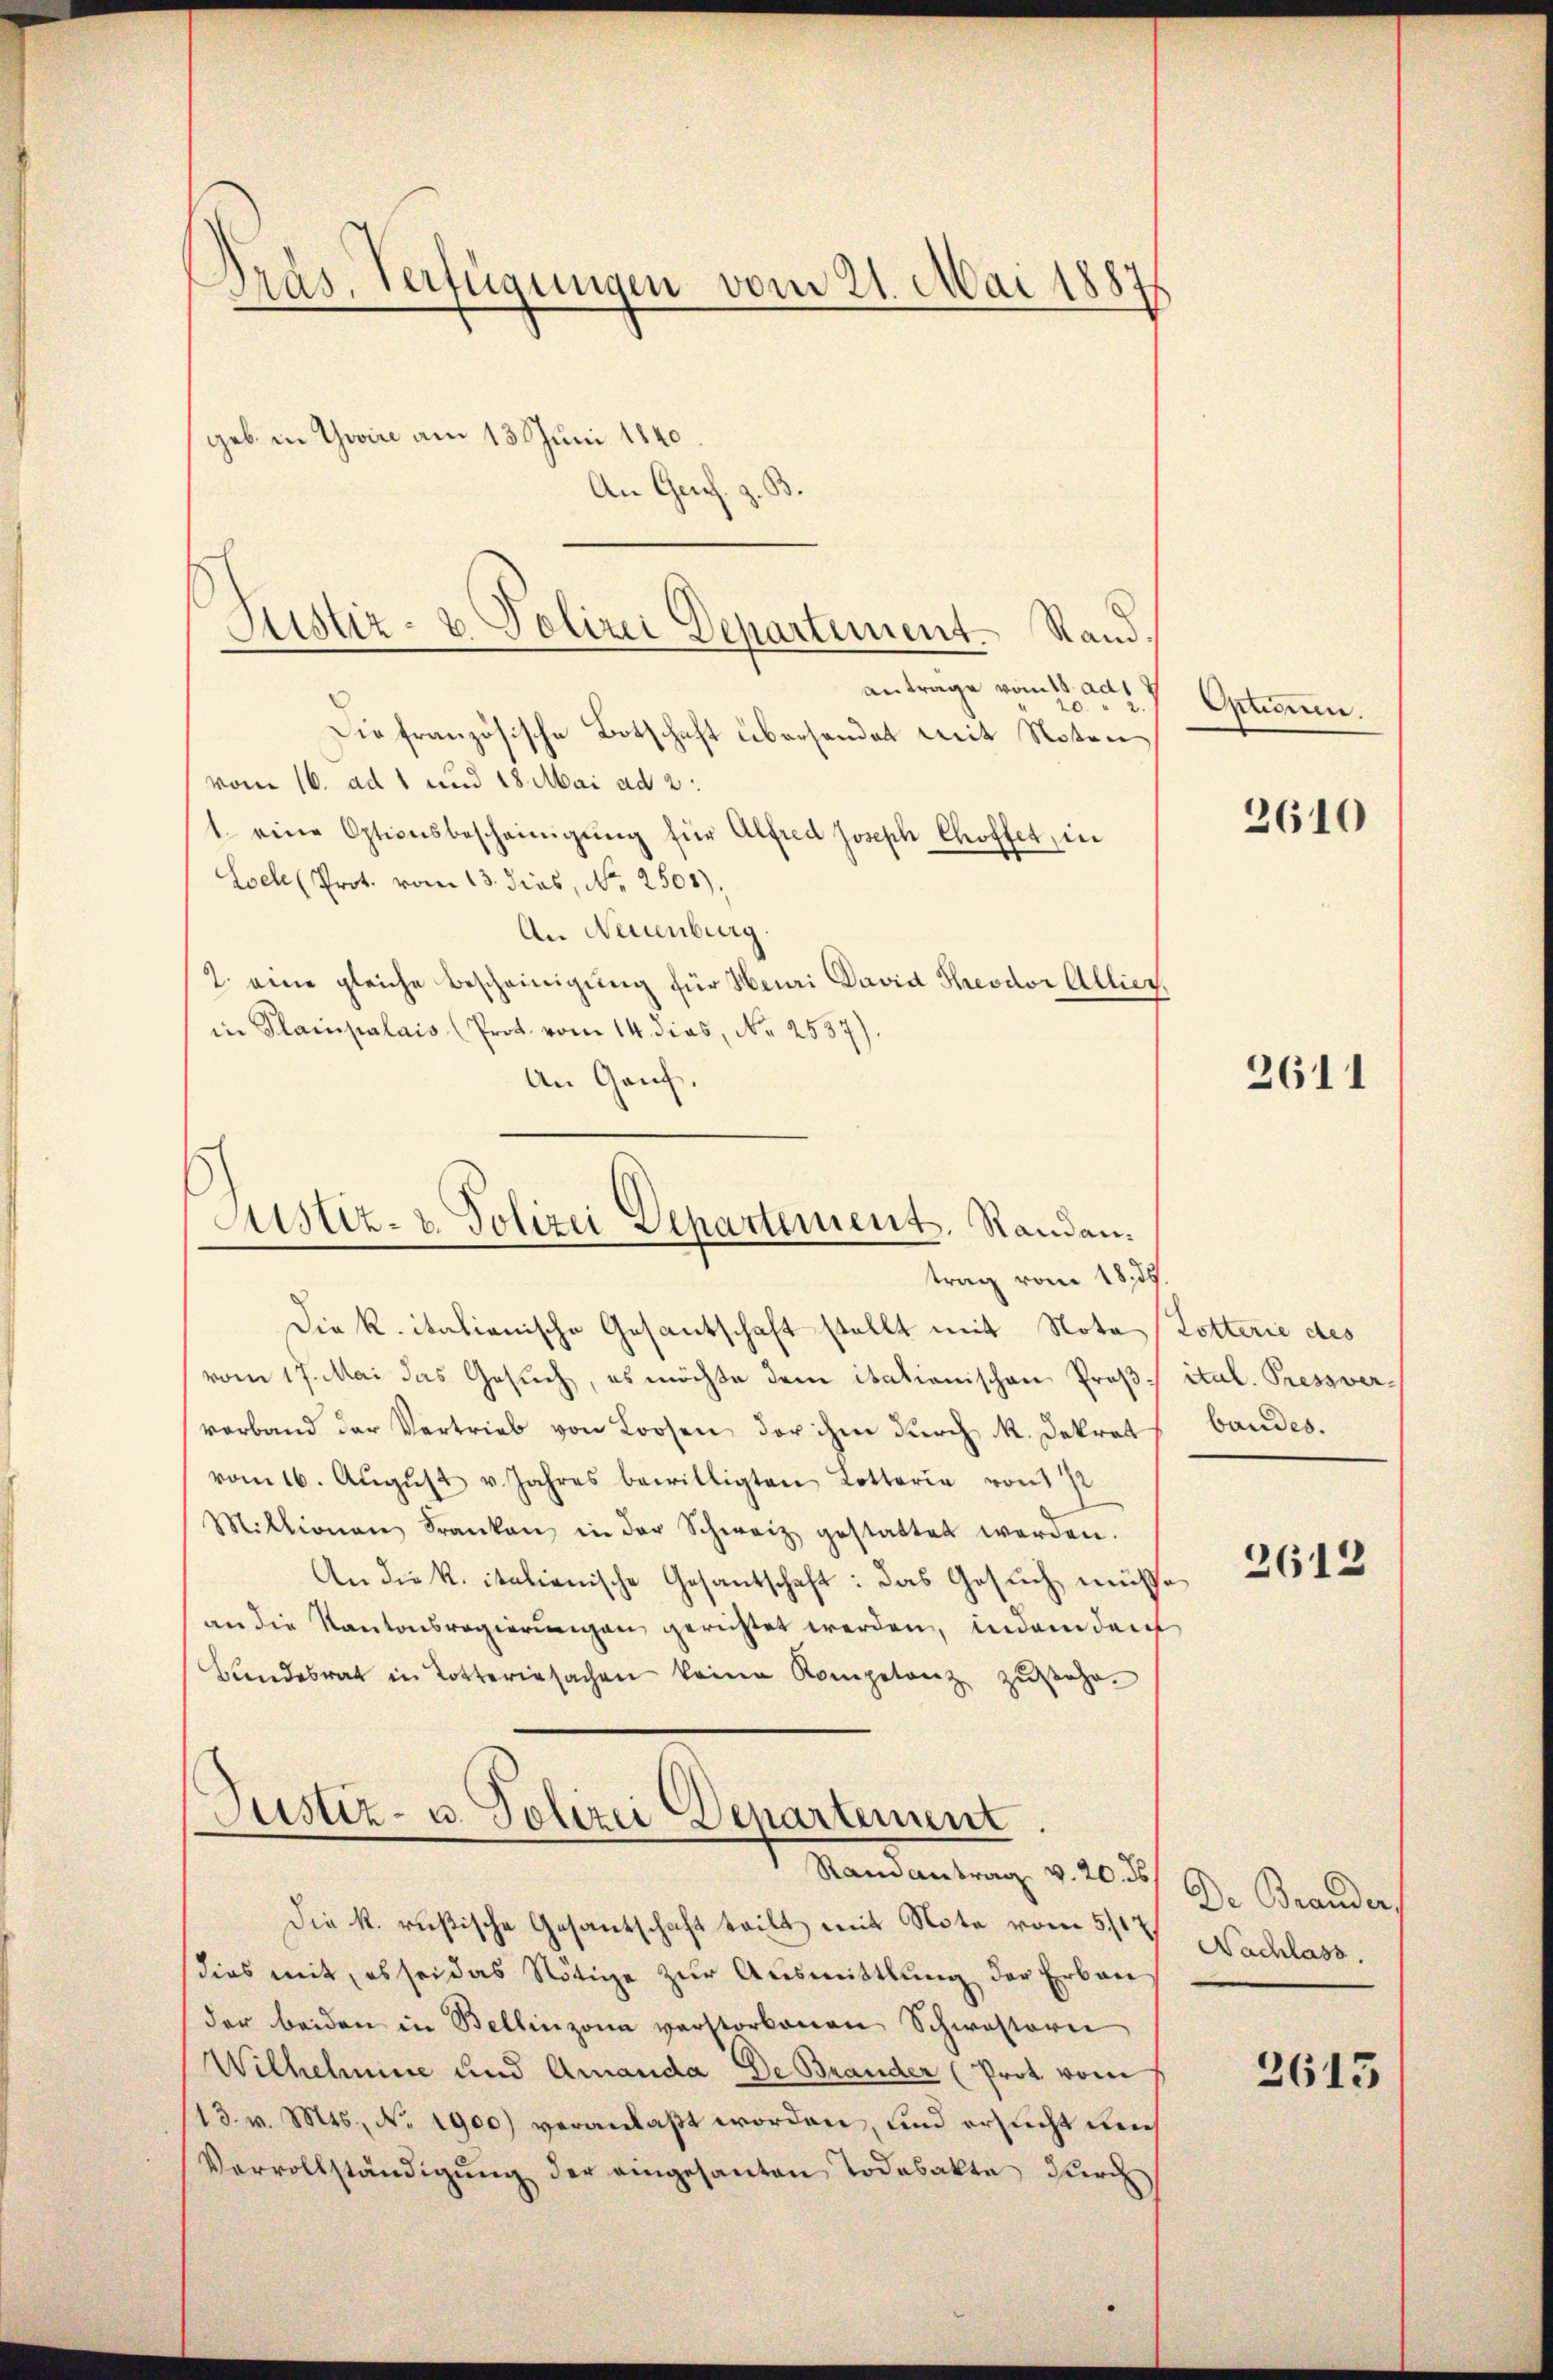
Pras, Verfügungen vom 21. Mai 1887

d
Die französische Botschaft übersendet mit Noten
vom 16. ad 1 und 18. Mai ad 2.
1. eine Optionsbescheinigung für Alfred Joseph Choffet, in
Loel (Prot. vom 13. dies, No. 2508).
An Neuenburg.
2. eine gleiche Bescheinigung für Heuri David Theodor Allier,
in Plainpalais (Prot. vom 14. dies, No 2587).
An Genf.

Justiz- & Polizei Departement. Stand.
antrage vom 1. ad

geb. in Gwire am 13. Juni 1840.
An Gen

Astiz- & Polizei Departement. Randen.
trag vom 18. ds.

Justiz- u. Polizei Departement
Randantrag v. 20. ds

Optionen.

Die k. italienische Gesantschaft stellt mit Nota Dotterie des
vom 17. Mai das Gesuch, es möchte dem itationischen Prof. ital. Pressververband der Vertrieb von Loosen der ihm durch R. Dekret
vom 16. Aŭgŭst v. Jahres bewilligten Lotterie von 172
Millionen Franken in der Schweiz gestattet werden.
An die k. italienische Gesantschaft: das Gesuch müsse
an die Kantonsregierungen gerichtet werden, indem deut
Bŭndesrat in Lotteriesachen keine Kompetenz zŭsehr.

Die k. rußische Gesantschaft teilt mit Note vom 5/17
dies mit, es sei das Nötige zur Ausmittlung der Erbau
der beiden in Bellinzona verstorbenen Schwesterie
Wilhelmine und Amanda De Brander (Prot vom
13. v. Mts., Nr. 1900) veranlaßt worden, und ersucht mich
Vervollständigŭng der eingesanten Todesakte durch

2610

2611

bandes.

2612

De Branders
Nachlass.

2613